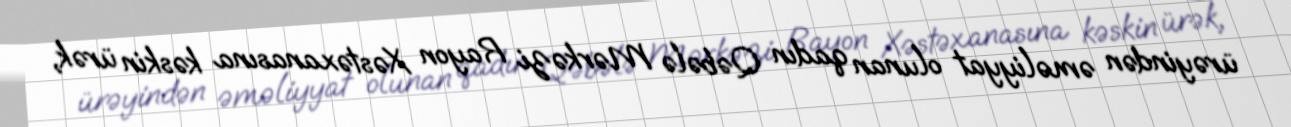
ürəyindən əməliyyat olunan qadın Qəbələ Mərkəzi Rayon Xəstəxanasına kəskin ürək,